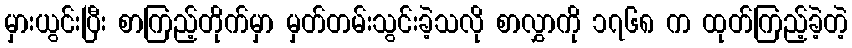
မှားယွင်းပြီး စာကြည့်တိုက်မှာ မှတ်တမ်းသွင်းခဲ့သလို စာလွှာကို ၁၇၆၈ က ထုတ်ကြည့်ခဲ့တဲ့